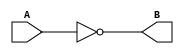
/**************************************************************************************
*	Description
*		This is a NOT gate that can be parameterized in it's bit-width.
*		1.0
*	Author:
*		Ing. Flix Godoy Martnez
*	Date:
*		26/06/20
***************************************************************************************/

module Not_Gate
#(
	parameter N_BITS = 8
)
(
	// Input Ports
	input [N_BITS-1 : 0] A,
	
	// Output Ports
	output [N_BITS-1 : 0] B

);

assign B = ~A;

endmodule